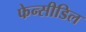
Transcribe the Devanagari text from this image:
फेन्सीडिल